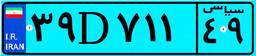
۳۲D۵۸۱۳۵